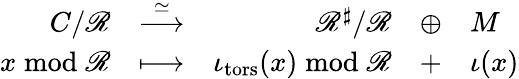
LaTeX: \begin{array}{r}{\begin{array}{rcrcl}{C/\mathscr{R}}&{\overset{\simeq}{\longrightarrow}}&{\mathscr{R}^{\sharp}/\mathscr{R}}&{\oplus}&{M}\\ {x\bmod{\mathscr{R}}}&{\longmapsto}&{\iota_{\mathrm{tors}}(x)\bmod{\mathscr{R}}}&{+}&{\iota(x)}\end{array}}\end{array}